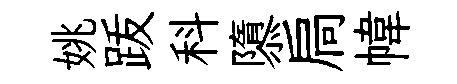
姚䟦科隳扃幃